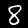
Digit: 8